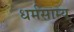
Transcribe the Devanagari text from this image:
धर्मसाम्य